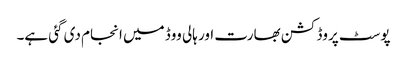
پوسٹ پروڈکشن بھارت اور ہالی ووڈ میں انجام دی گئی ہے۔